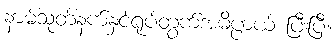
နာမ်သုတ်နက်နှင့်ရုပ်တွက်အဓိပ္ပာယ် ပြီးပြီ။